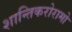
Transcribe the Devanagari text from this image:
शान्तिकरोरामो